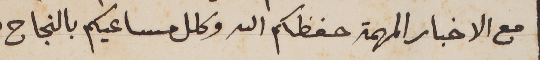
مع الاخبار المهمة حفظكم الله وكلل مساعيكم بالنجاح.